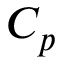
C _ { p }